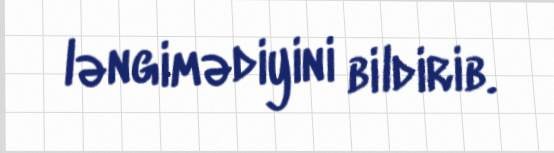
ləngimədiyini bildirib.